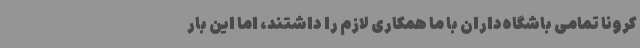
کرونا تمامی باشگاه‌داران با ما همکاری لازم را داشتند، اما این بار